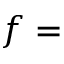
f =